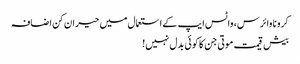
کرونا وائرس، واٹس ایپ کے استعمال میں حیران کن اضافہ
بیش قیمت موتی جن کا کوئی بدل نہیں!